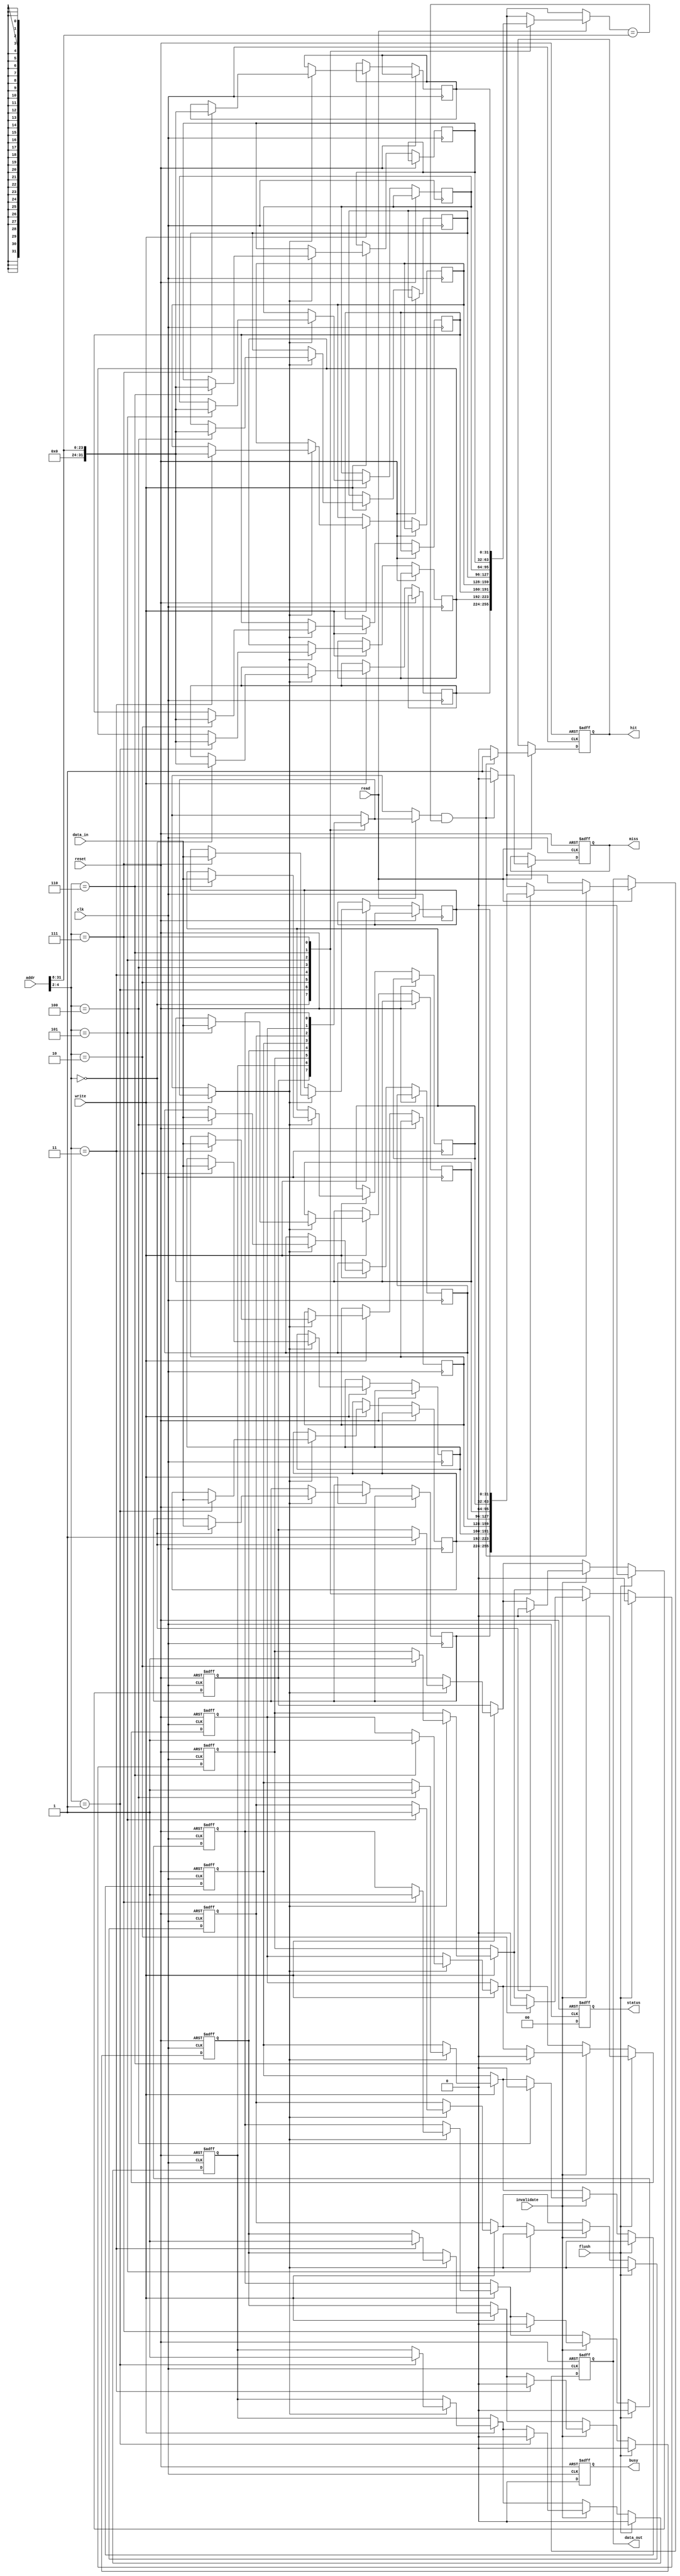
module multi_level_cache (
    input wire clk,
    input wire reset,
    input wire [31:0] addr,          // Memory address input
    input wire [31:0] data_in,       // Data input for write operations
    input wire read,                 // Read control signal
    input wire write,                // Write control signal
    input wire invalidate,            // Invalidate cache line
    input wire flush,                // Flush cache signal
    output reg [31:0] data_out,      // Data output for read operations
    output reg hit,                  // Hit signal
    output reg miss,                 // Miss signal
    output reg busy,                 // Status signal: busy/idle
    output reg [1:0] status          // Status of operation (e.g., busy, idle)
);

    parameter CACHE_SIZE = 256;      // Size of cache (in bytes)
    parameter LINE_SIZE = 32;         // Size of cache line (in bytes)
    parameter NUM_LINES = CACHE_SIZE / LINE_SIZE; // Number of cache lines

    reg [31:0] cache[NUM_LINES-1:0]; // Cache memory
    reg [31:0] tag[NUM_LINES-1:0];    // Tag for each line
    reg valid[NUM_LINES-1:0];         // Valid bits for each cache line
    reg [NUM_LINES-1:0] lru_bits;      // LRU bits for replacement policy

    integer i;
    reg [31:0] address_index;
    reg [31:0] address_tag;
    reg cache_hit;

    always @(posedge clk or posedge reset) begin
        if (reset) begin
            for (i = 0; i < NUM_LINES; i = i + 1) begin
                valid[i] <= 0;
            end
            data_out <= 32'b0;
            hit <= 0;
            miss <= 0;
            busy <= 0;
            status <= 2'b00; // Idle
        end else begin
            busy <= 1;

            address_index = addr[7:2]; // Assuming a 4-bit index
            address_tag = addr[31:8]; // Assuming the rest is tag

            // Read operation
            if (read) begin
                if (valid[address_index] && (tag[address_index] == address_tag)) begin
                    hit <= 1;
                    miss <= 0;
                    data_out <= cache[address_index];
                    status <= 2'b01; // Busy
                end else begin
                    hit <= 0;
                    miss <= 1;
                    // Placeholder for cache miss handling
                    // Typically, fetch data from L2 cache or main memory here.
                    data_out <= 32'bx; // Data not available on a miss.
                    status <= 2'b10; // Fetching data
                end
            end

            // Write operation
            if (write) begin
                if (valid[address_index]) begin
                    cache[address_index] <= data_in; // Write data to cache
                    tag[address_index] <= address_tag; // Update tag
                    valid[address_index] <= 1; // Mark as valid
                end else begin
                    // Placeholder for cache miss handling on write
                end
            end

            // Invalidate operation
            if (invalidate) begin
                valid[address_index] <= 0; // Invalidate the line
            end
            
            // Flush operation
            if (flush) begin
                for (i = 0; i < NUM_LINES; i = i + 1) begin
                    valid[i] <= 0; // Invalidate all lines
                end
            end

            busy <= 0; // Operation completed
            status <= 2'b00; // Idle
        end
    end
endmodule